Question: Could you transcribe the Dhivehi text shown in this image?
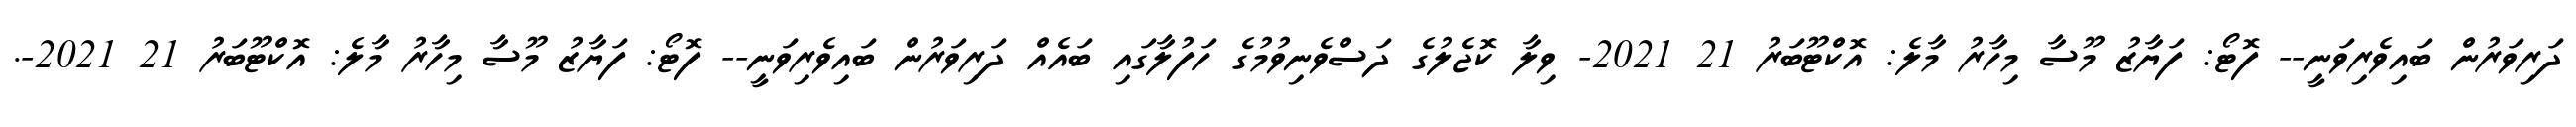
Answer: ދަރިވަރުން ބައިވެރިވަނީ-- ފޮޓޯ: ފަޔާޒު މޫސާ މިހާރު މާލެ: އޮކްޓޫބަރު 21 2021- ވިލާ ކޮޖެލުގެ ދަސްވެނިވުމުގެ ހަފުލާގައި ބައެއް ދަރިވަރުން ބައިވެރިވަނީ-- ފޮޓޯ: ފަޔާޒު މޫސާ މިހާރު މާލެ: އޮކްޓޫބަރު 21 2021-.